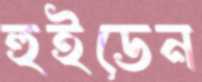
হুইডেন